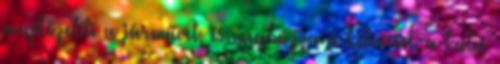
megközelíti a járművet, és meghúzza a kilincset, a kulcs